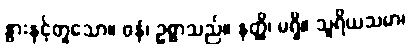
နွားနှင့်တူသော။ ဓနံ၊ ဥစ္စာသည်။ နတ္ထိ၊ မရှိ။ သူရိယသမာ၊